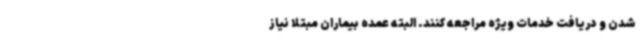
شدن و دریافت خدمات ویژه مراجعه کنند. البته عمده بیماران مبتلا نیاز